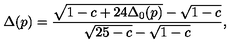
\Delta ( p ) = \frac { \sqrt { 1 - c + 2 4 \Delta _ { 0 } ( p ) } - \sqrt { 1 - c } } { \sqrt { 2 5 - c } - \sqrt { 1 - c } } ,